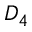
D _ { 4 }